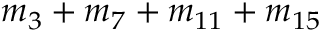
m _ { 3 } + m _ { 7 } + m _ { 1 1 } + m _ { 1 5 }